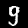
Label: 9